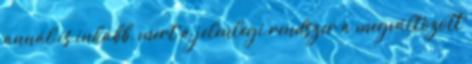
annál is inkább, mert a jelenlegi rendszer a megváltozott